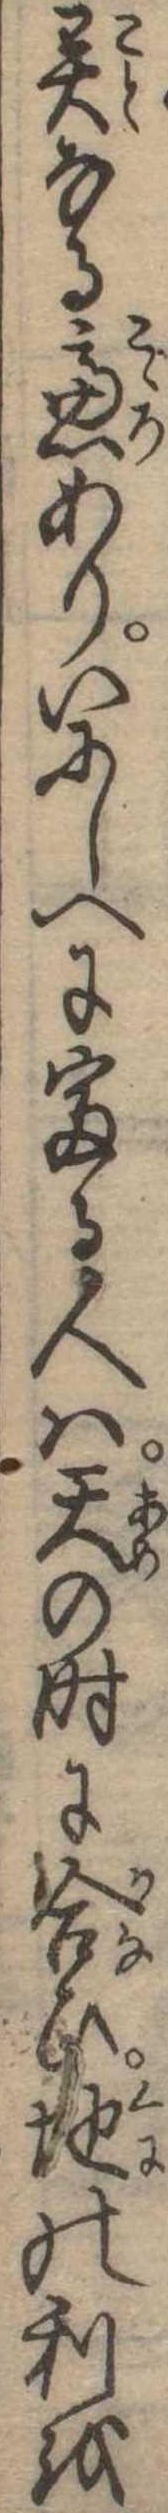
異なる慮ありいにしへに富る人は天の時に合ひ地の利を